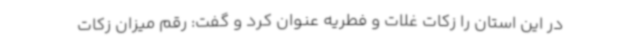
در این استان را زکات غلات و فطریه عنوان کرد و گفت: رقم میزان زکات